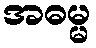
အဓမ္မ